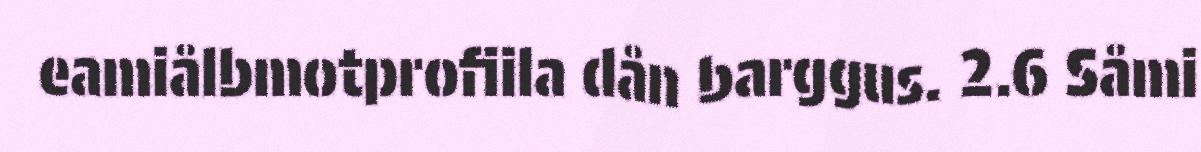
eamiålbmotprofiila dån barggus. 2.6 Såmi